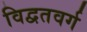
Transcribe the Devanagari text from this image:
विद्वतवर्ग